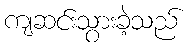
ကျဆင်းသွားခဲ့သည်